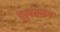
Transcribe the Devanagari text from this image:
पुरबसराय